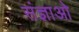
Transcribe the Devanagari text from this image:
संज्ञाओ